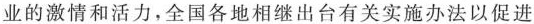
业的激情和活力，全国各地相继出台有关实施办法以促进